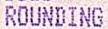
ROUNDING